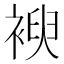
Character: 𮖜